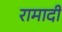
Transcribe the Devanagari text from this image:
रामादी